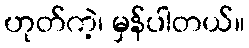
ဟုတ်ကဲ့၊ မှန်ပါတယ်။